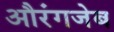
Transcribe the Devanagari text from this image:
अौरंगजेब